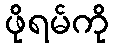
ဖိုရမ်ကို